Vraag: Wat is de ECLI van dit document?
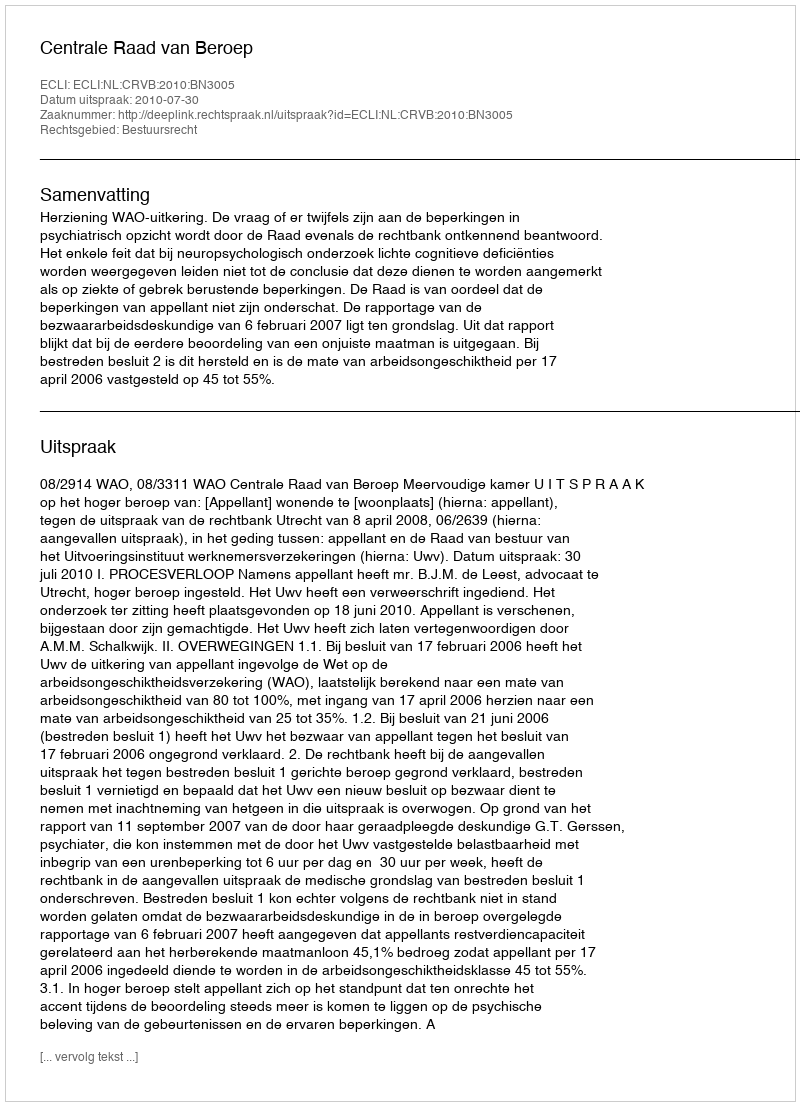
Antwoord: ECLI:NL:CRVB:2010:BN3005